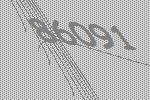
86091